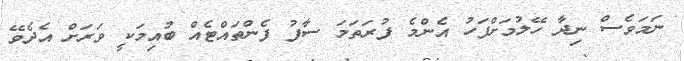
ނަމަވެސް ނިދާ ހޭލުމަށްފަހު އެންމެ ފުރަތަމަ ސާފު ފެންތައްޓެއް ބުއިމަކީ ވަރަށް އެދެވޭ